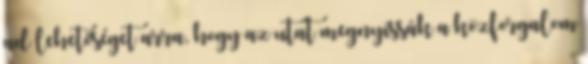
ad lehetőséget arra, hogy az utat megnyissák a közforgalom